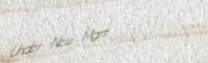
Under New Mgmt